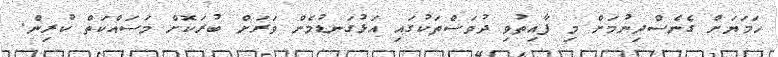
ހަމަޔަށް ގެނެސްދިނުމަށް މި ފާއިތުވި ދުވަސްތަކުގައި އަޅުގަނޑުމެން ވަރަށް ބުރަކޮށް މަސައްކަތް ކުރިން.